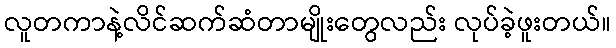
လူတကာနဲ့လိင်ဆက်ဆံတာမျိုးတွေလည်း လုပ်ခဲ့ဖူးတယ်။